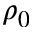
\rho _ { 0 }